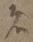
者